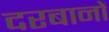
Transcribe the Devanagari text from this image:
दरबानों